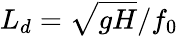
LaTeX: L_{d}=\sqrt{gH}/f_{0}